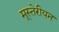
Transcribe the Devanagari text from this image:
मूस्तेरीयन